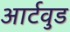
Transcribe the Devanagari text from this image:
आर्टवुड